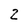
Character: 2